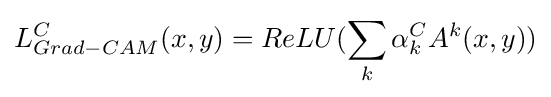
L_{Grad-CAM}^{C}(x,y)=ReLU(\sum _{k}\alpha _{k}^{C}A^{k}(x,y))